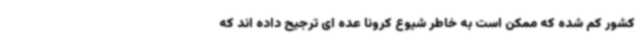
کشور کم شده که ممکن است به خاطر شیوع کرونا عده ای ترجیح داده اند که